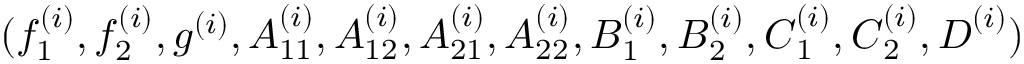
( f _ { 1 } ^ { ( i ) } , f _ { 2 } ^ { ( i ) } , g ^ { ( i ) } , \boldsymbol { A } _ { 1 1 } ^ { ( i ) } , \boldsymbol { A } _ { 1 2 } ^ { ( i ) } , \boldsymbol { A } _ { 2 1 } ^ { ( i ) } , \boldsymbol { A } _ { 2 2 } ^ { ( i ) } , \boldsymbol { B } _ { 1 } ^ { ( i ) } , \boldsymbol { B } _ { 2 } ^ { ( i ) } , \boldsymbol { C } _ { 1 } ^ { ( i ) } , \boldsymbol { C } _ { 2 } ^ { ( i ) } , \boldsymbol { D } ^ { ( i ) } )